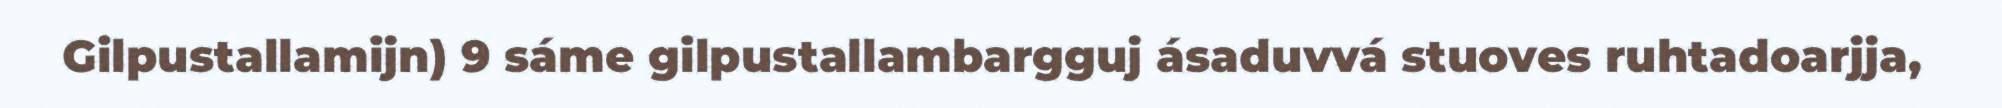
Gilpustallamijn) 9 sáme gilpustallambargguj ásaduvvá stuoves ruhtadoarjja,